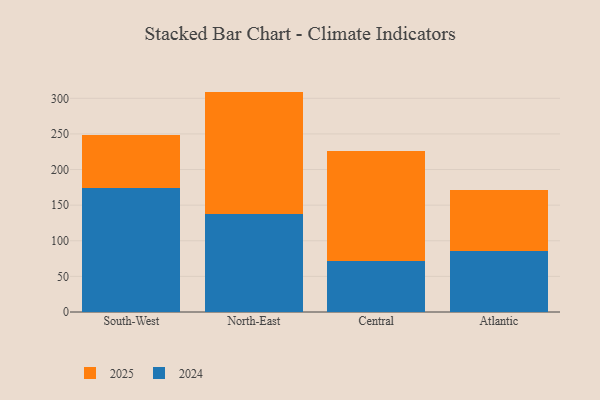
{"axis": {"x": "Region", "y": "Population (Million)"}, "legend": ["2024", "2025"], "data": [{"x": "South-West", "y": 74.9, "type": "2025"}, {"x": "South-West", "y": 173.6, "type": "2024"}, {"x": "North-East", "y": 171.4, "type": "2025"}, {"x": "North-East", "y": 138.0, "type": "2024"}, {"x": "Central", "y": 154.4, "type": "2025"}, {"x": "Central", "y": 72.3, "type": "2024"}, {"x": "Atlantic", "y": 85.7, "type": "2025"}, {"x": "Atlantic", "y": 86.0, "type": "2024"}]}